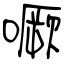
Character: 噘